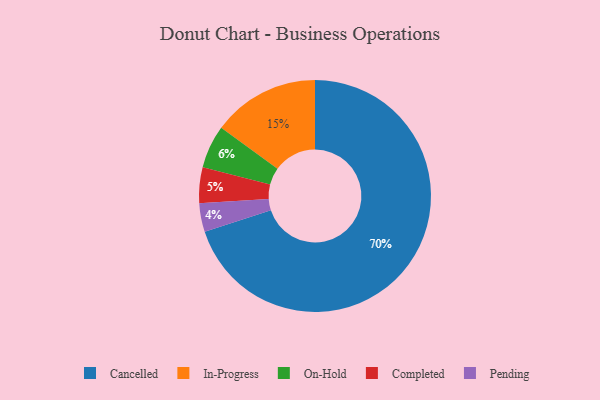
{"axis": {"x": "Category", "y": "Percentage"}, "legend": ["Cancelled", "Completed", "In-Progress", "On-Hold", "Pending"], "data": [{"x": "On-Hold", "y": 6, "type": "On-Hold"}, {"x": "Pending", "y": 4, "type": "Pending"}, {"x": "Cancelled", "y": 70, "type": "Cancelled"}, {"x": "Completed", "y": 5, "type": "Completed"}, {"x": "In-Progress", "y": 15, "type": "In-Progress"}]}